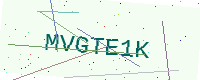
Text: MVGTE1K